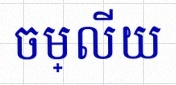
ចម្លើយ